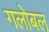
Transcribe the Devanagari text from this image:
गलोबल